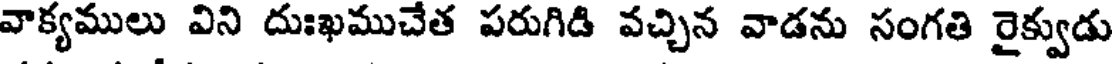
వాక్యములు విని దుఃఖముచేత పరుగిడి వచ్చిన వాడను సంగతి రైక్వుడు